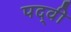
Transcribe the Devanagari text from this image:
पद्‍वी